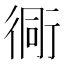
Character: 衕